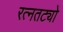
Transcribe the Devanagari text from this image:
रत्नतट्यो